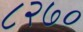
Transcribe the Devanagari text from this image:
८२७०